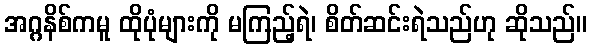
အဂ္ဂနိစ်ကမူ ထိုပုံများကို မကြည့်ရဲ၊ စိတ်ဆင်းရဲသည်ဟု ဆိုသည်။